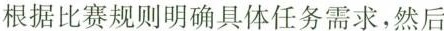
根据比赛规则明确具体任务需求，然后